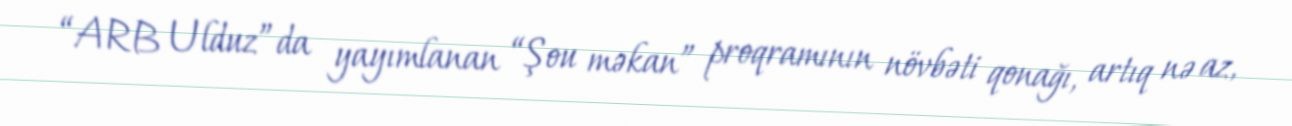
“ARB Ulduz”da yayımlanan “Şou məkan” proqramının növbəti qonağı, artıq nə az,